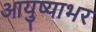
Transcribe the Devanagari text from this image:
आयुष्याभर